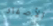
الأصفاد